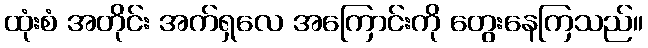
ထုံးစံ အတိုင်း အက်ရှလေ အကြောင်းကို တွေးနေကြသည်။